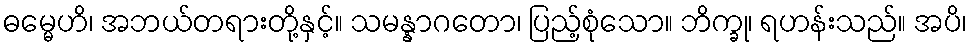
ဓမ္မေဟိ၊ အဘယ်တရားတို့နှင့်။ သမန္နာဂတော၊ ပြည့်စုံသော။ ဘိက္ခု၊ ရဟန်းသည်။ အပိ၊